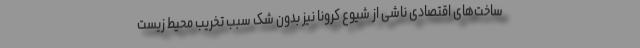
ساخت‌های اقتصادی ناشی از شیوع کرونا نیز بدون شک سبب تخریب محیط زیست